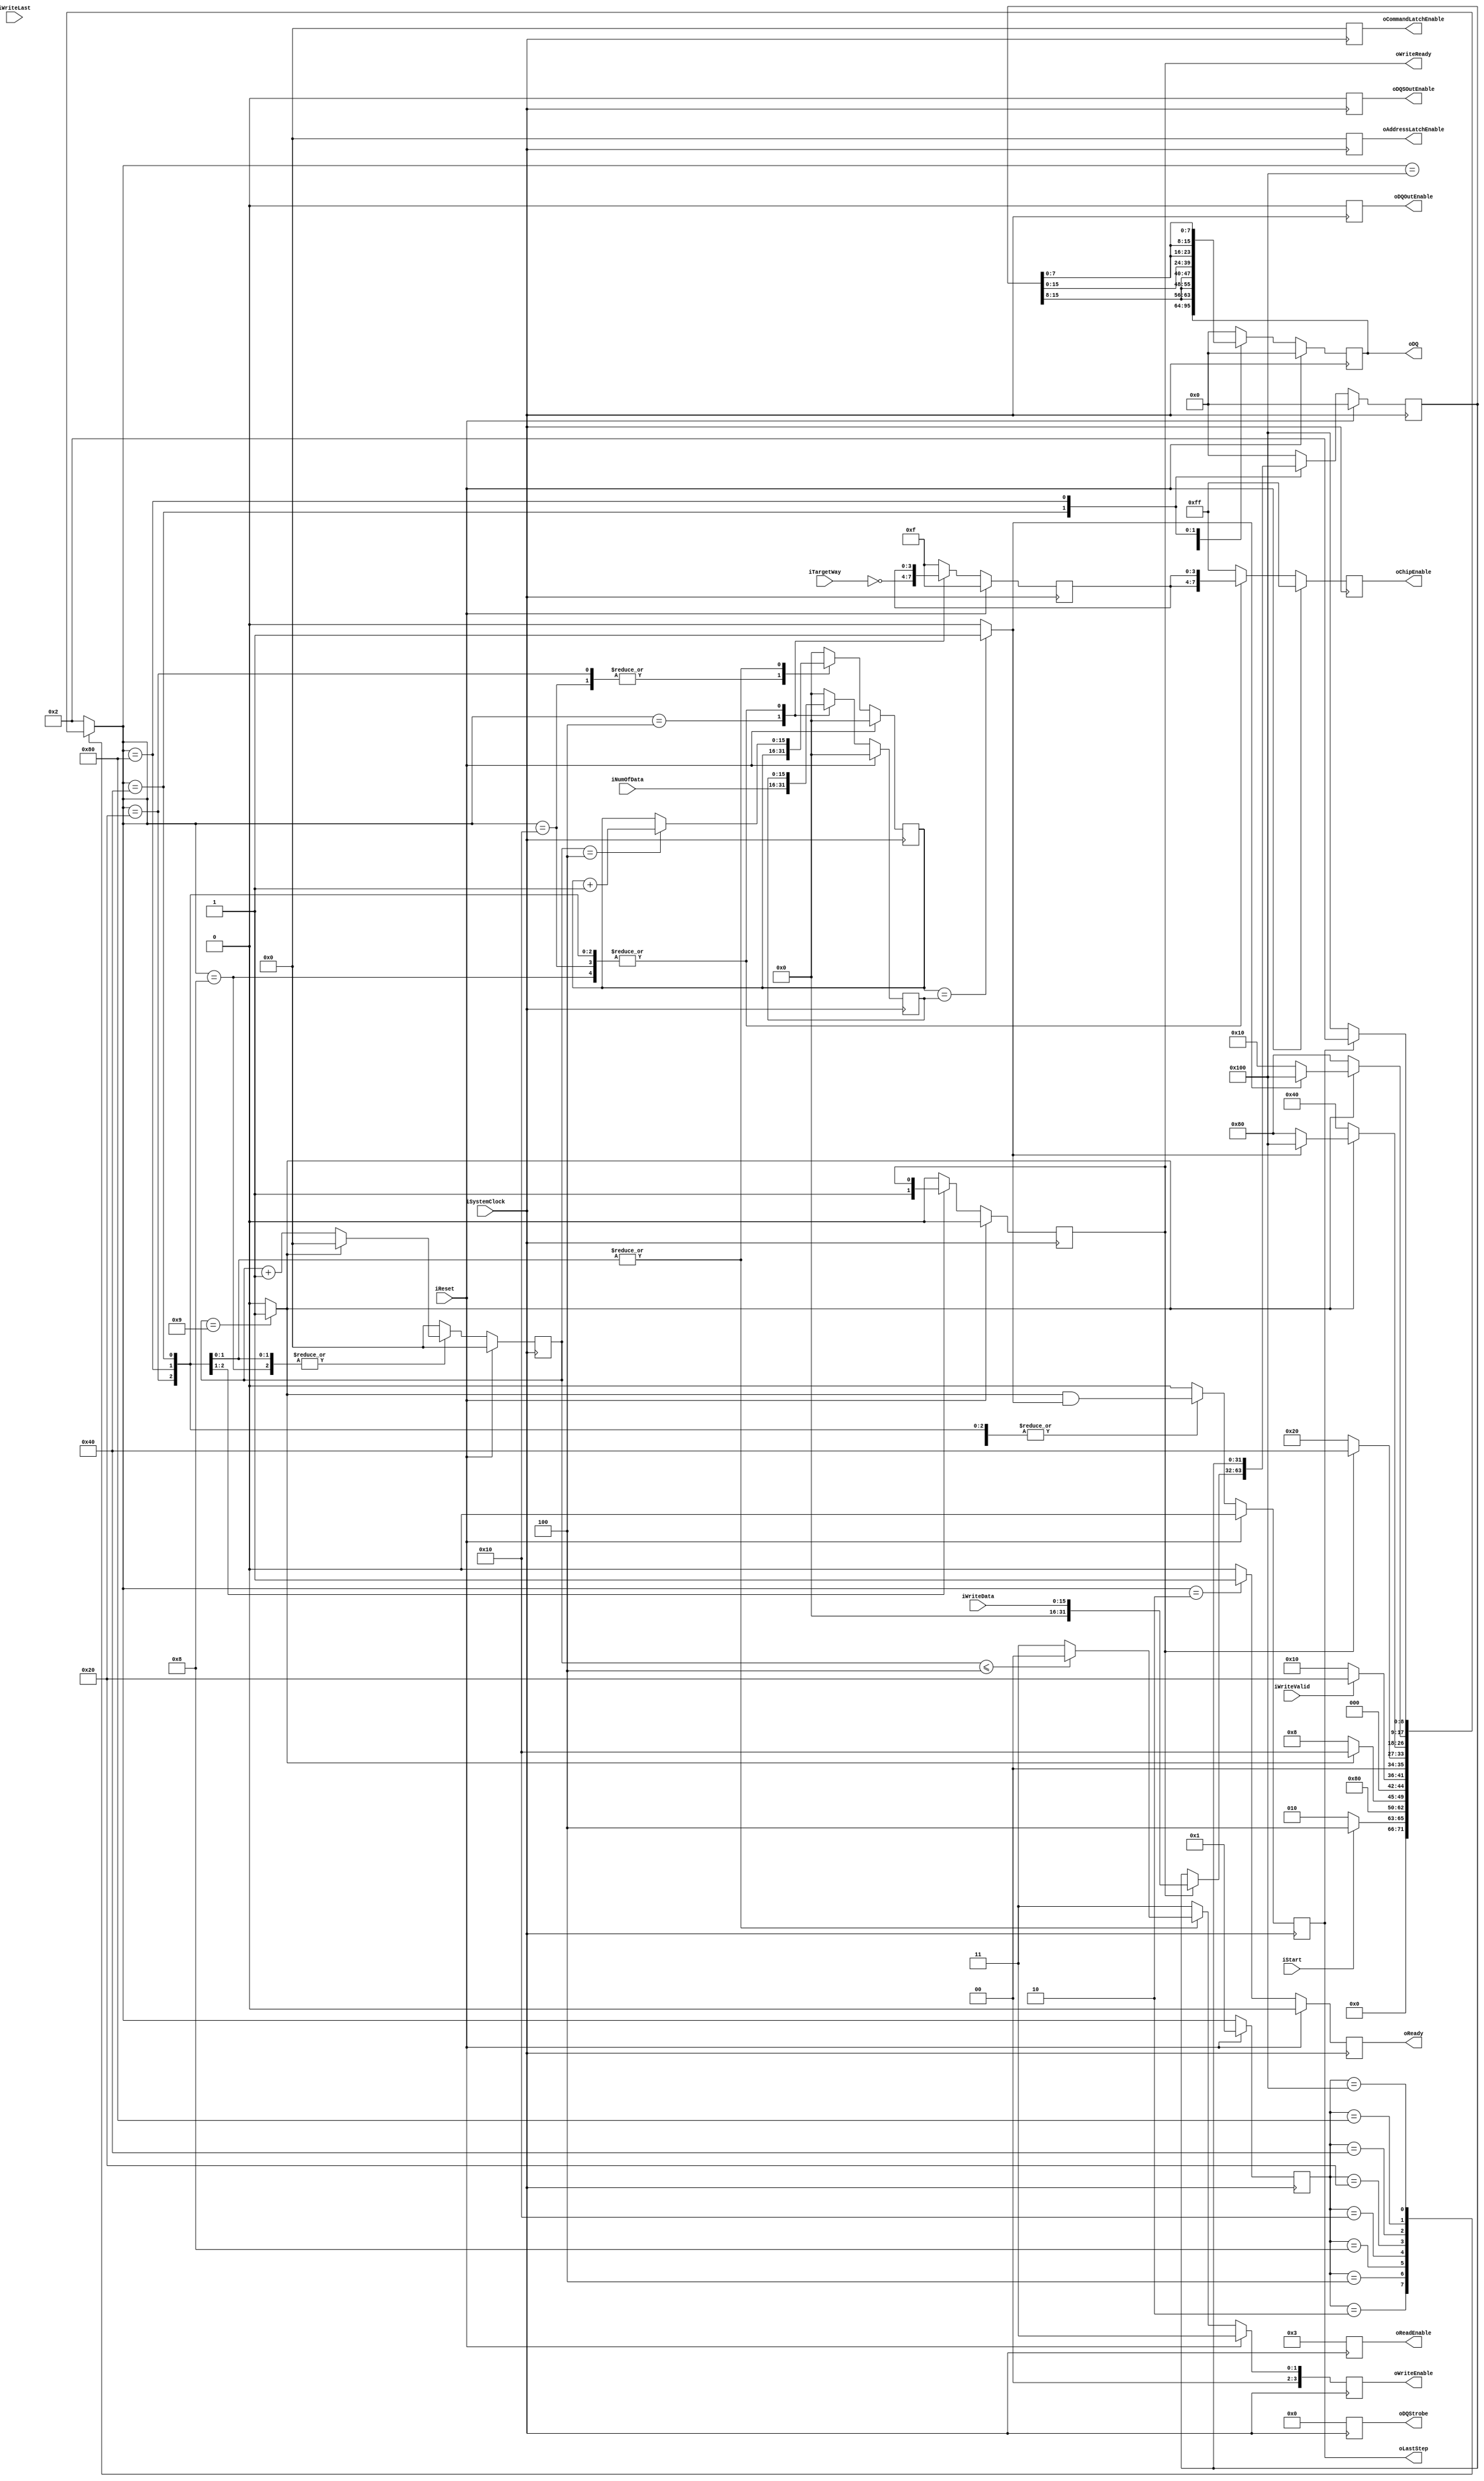
// This program was cloned from: https://github.com/cjhonlyone/NandFlashController
// License: GNU General Public License v3.0

`timescale 1ns / 1ps
module NFC_Atom_Dataoutput_Async
#
(
    parameter NumberOfWays    =   4
)
(
    iSystemClock            ,
    iReset                  ,
    oReady                  ,
    oLastStep               ,
    iStart                  ,
    iTargetWay              ,
    iNumOfData              ,

    iWriteData              ,
    iWriteLast              ,
    iWriteValid             ,
    oWriteReady             ,

    oDQSOutEnable           ,
    oDQOutEnable            ,
    oDQStrobe               ,
    oDQ                     ,
    oChipEnable             ,
    oReadEnable             ,
    oWriteEnable            ,
    oAddressLatchEnable     ,
    oCommandLatchEnable  
);

    input                           iSystemClock            ;
    input                           iReset                  ;
    output                          oReady                  ;
    output                          oLastStep               ;
    input                           iStart                  ;
    input   [NumberOfWays - 1:0]    iTargetWay              ;
    input   [15:0]                  iNumOfData              ;

    input   [15:0]                  iWriteData              ;
    input                           iWriteLast              ;
    input                           iWriteValid             ;
    output                          oWriteReady             ;

    output                          oDQSOutEnable           ;
    output                          oDQOutEnable            ;

    output  [7:0]                   oDQStrobe               ;
    output  [31:0]                  oDQ                     ;
    output  [2*NumberOfWays - 1:0]  oChipEnable             ;
    output  [3:0]                   oReadEnable             ;
    output  [3:0]                   oWriteEnable            ;
    output  [3:0]                   oAddressLatchEnable     ;
    output  [3:0]                   oCommandLatchEnable     ;

    reg                           rReady                  ;
    reg                           rLastStep               ;

    reg   [NumberOfWays - 1:0]    rTargetWay              ;
    reg   [15:0]                   rNumOfData              ;

    reg                           rWriteReady             ;
    reg   [31:0]                  rWriteData              ;

    reg                           rDQSOutEnable           ;
    reg                           rDQOutEnable            ;
 
    reg  [7:0]                    rDQStrobe               ;
    reg  [31:0]                   rDQ                     ;
    reg  [2*NumberOfWays - 1:0]   rChipEnable             ;
    reg  [3:0]                    rReadEnable             ;
    reg  [3:0]                    rWriteEnable            ;
    reg  [3:0]                    rAddressLatchEnable     ;
    reg  [3:0]                    rCommandLatchEnable     ;

    reg  [15:0]                   rDOA_DataCounter        ;
    reg  [3:0]                    rDOA_TimeCounter        ;


    wire                          wTimerDone = (rDOA_TimeCounter == 4'd9) ? 1 : 0 ;
    wire                          wTimerHalf = (rDOA_TimeCounter <= 4'd4) ? 1 : 0 ;
    wire                          wDOADone   = (rDOA_DataCounter == rNumOfData) ? 1 : 0 ;

    wire  [31:0]                  wUperData  = {16'h00, iWriteData[15:8], iWriteData[15:8]};
    wire  [31:0]                  wDownData  = {16'h00, iWriteData[ 7:0], iWriteData[ 7:0]};

    localparam Write_Valid = 4'b0000;
    localparam Write_Idle  = 4'b0011;

    localparam Out_Enable  = 0;
    localparam Out_Disable = 1;
    
    // FSM Parameters/Wires/Regs
    localparam DOA_FSM_BIT = 9;
    localparam DOA_RESET = 9'b0_0000_0001;
    localparam DOA_READY = 9'b0_0000_0010; // Ready
    localparam DOA_LATCH = 9'b0_0000_0100; // Command/Address capture: first
    localparam DOA_tCSSS = 9'b0_0000_1000; // tDQSHZ
    localparam DOA_OST00 = 9'b0_0001_0000; // output data
    localparam DOA_OST01 = 9'b0_0010_0000; // output data
    localparam DOA_OST02 = 9'b0_0100_0000; // output data
    localparam DOA_OST03 = 9'b0_1000_0000; // output data
    localparam DOA_OST04 = 9'b1_0000_0000; // output data

    reg     [DOA_FSM_BIT-1:0]       rDOA_cur_state          ;
    reg     [DOA_FSM_BIT-1:0]       rDOA_nxt_state          ;

    reg [127:0] dbg_ascii_state;

    always @* begin
        dbg_ascii_state = "";
        if (rDOA_cur_state == DOA_RESET) dbg_ascii_state = "RESET";
        if (rDOA_cur_state == DOA_READY) dbg_ascii_state = "READY";
        if (rDOA_cur_state == DOA_LATCH) dbg_ascii_state = "LATCH";
        if (rDOA_cur_state == DOA_tCSSS) dbg_ascii_state = "tCSSS";
        if (rDOA_cur_state == DOA_OST00) dbg_ascii_state = "OST00";
        if (rDOA_cur_state == DOA_OST01) dbg_ascii_state = "OST01";
        if (rDOA_cur_state == DOA_OST02) dbg_ascii_state = "OST02";
        if (rDOA_cur_state == DOA_OST03) dbg_ascii_state = "OST03";
    end
    // FSM: Atom_Command_Sync
    
    // update current state to next state
    always @ (posedge iSystemClock) begin
        if (iReset) begin
            rDOA_cur_state <= DOA_RESET;
        end else begin
            rDOA_cur_state <= rDOA_nxt_state;
        end
    end
    
    // deside next state
    always @ ( * ) begin
        case (rDOA_cur_state)
            DOA_RESET: begin
                rDOA_nxt_state <= DOA_READY;
            end
            DOA_READY: begin
                rDOA_nxt_state <= (iStart)? DOA_LATCH:DOA_READY;
            end
            DOA_LATCH: begin
                rDOA_nxt_state <= DOA_tCSSS;
            end
            DOA_tCSSS: begin
                rDOA_nxt_state <= (wTimerDone)? DOA_OST00 : DOA_tCSSS; // 50ns
            end
            DOA_OST00: begin
                rDOA_nxt_state <= (iWriteValid) ? DOA_OST01 : DOA_OST00; // wait for Valid
            end
            DOA_OST01: begin
                rDOA_nxt_state <= (rWriteReady) ? DOA_OST02 : DOA_OST01; //latch Data
            end
            DOA_OST02: begin
                rDOA_nxt_state <= (wTimerDone) ? ((wDOADone) ? DOA_OST04 : DOA_OST03) : DOA_OST02 ;// output [15:8]
            end
            DOA_OST03: begin
                rDOA_nxt_state <= (wTimerDone) ? ((wDOADone) ? DOA_OST04 : DOA_OST00) : DOA_OST03 ;// output [ 7:0]
            end
            DOA_OST04: begin
                rDOA_nxt_state <= (rLastStep) ? DOA_READY : DOA_OST04;
            end
            default:
                rDOA_nxt_state <= DOA_READY;
        endcase
    end

    // state behaviour
    always @ (posedge iSystemClock) begin
        if (iReset) begin
            rReady              <= 1'b0;
            rLastStep           <= 1'b0;

            rTargetWay          <= { NumberOfWays{1'b1} };
            rNumOfData          <= 16'h0;
            rWriteReady         <= 1'b0;
            rWriteData          <= 32'd0;
            
            rDQSOutEnable       <= Out_Enable;    
            rDQOutEnable        <= Out_Enable;

            rDQStrobe           <= 8'h0;
            rDQ                 <= 32'h0000;
            rChipEnable         <= { 2*NumberOfWays{1'b1} };
            rReadEnable         <= 4'b0011;
            rWriteEnable        <= Write_Idle;
            rAddressLatchEnable <= 4'h0;
            rCommandLatchEnable <= 4'h0; 

            rDOA_DataCounter    <= 4'd0;
            rDOA_TimeCounter    <= 4'd0;
        end else begin
            case (rDOA_nxt_state)
                DOA_RESET: begin
                    rReady              <= 1'b0;
                    rLastStep           <= 1'b0;

                    rTargetWay          <= { NumberOfWays{1'b1} };
                    rNumOfData          <= 16'h0;
                    rWriteReady         <= 1'b0;
                    rWriteData          <= 32'd0;
                    
                    rDQSOutEnable       <= Out_Enable;    
                    rDQOutEnable        <= Out_Enable;

                    rDQStrobe           <= 8'h0;
                    rDQ                 <= 32'h0000;
                    rChipEnable         <= { 2*NumberOfWays{1'b1} };
                    rReadEnable         <= 4'b0011;
                    rWriteEnable        <= Write_Idle;
                    rAddressLatchEnable <= 4'h0;
                    rCommandLatchEnable <= 4'h0; 

                    rDOA_DataCounter    <= 4'd0;
                    rDOA_TimeCounter    <= 4'd0;
                end
                DOA_READY: begin
                    rReady              <= 1'b1;
                    rLastStep           <= 1'b0;

                    rTargetWay          <= { NumberOfWays{1'b1} };
                    rNumOfData          <= 16'h0;
                    rWriteReady         <= 1'b0;
                    rWriteData          <= 32'd0;
                    
                    rDQSOutEnable       <= Out_Enable;    
                    rDQOutEnable        <= Out_Enable;

                    rDQStrobe           <= 8'h0;
                    rDQ                 <= 32'h0000;
                    rChipEnable         <= { 2*NumberOfWays{1'b1} };
                    rReadEnable         <= 4'b0011;
                    rWriteEnable        <= Write_Idle;
                    rAddressLatchEnable <= 4'h0;
                    rCommandLatchEnable <= 4'h0; 

                    rDOA_DataCounter    <= 4'd0;
                    rDOA_TimeCounter    <= 4'd0;
                end
                DOA_LATCH: begin
                    rReady              <= 1'b0;
                    rLastStep           <= 1'b0;

                    rTargetWay          <= ~iTargetWay;
                    rNumOfData          <= iNumOfData;
                    rWriteReady         <= 1'b0;
                    rWriteData          <= 32'd0;
                    
                    rDQSOutEnable       <= Out_Enable;    
                    rDQOutEnable        <= Out_Enable;

                    rDQStrobe           <= 8'h0;
                    rDQ                 <= 32'h0000;
                    rChipEnable         <= { 2*NumberOfWays{1'b1} };
                    rReadEnable         <= 4'b0011;
                    rWriteEnable        <= Write_Idle;
                    rAddressLatchEnable <= 4'h0;
                    rCommandLatchEnable <= 4'h0; 

                    rDOA_DataCounter    <= 4'd0;
                    rDOA_TimeCounter    <= 4'd0;
                end
                DOA_tCSSS: begin
                    rReady              <= 1'b0;
                    rLastStep           <= 1'b0;

                    rTargetWay          <= rTargetWay;
                    rNumOfData          <= rNumOfData;
                    rWriteReady         <= 1'b0;
                    rWriteData          <= 32'd0;
                    
                    rDQSOutEnable       <= Out_Enable;    
                    rDQOutEnable        <= Out_Enable;

                    rDQStrobe           <= 8'h0;
                    rDQ                 <= 32'h0000;
                    rChipEnable         <= {rTargetWay ,rTargetWay};
                    rReadEnable         <= 4'b0011;
                    rWriteEnable        <= Write_Idle;
                    rAddressLatchEnable <= 4'h0;
                    rCommandLatchEnable <= 4'h0; 

                    rDOA_DataCounter    <= 4'd0;
                    rDOA_TimeCounter    <= (wTimerDone) ? 0 : rDOA_TimeCounter + 1;
                end
                DOA_OST00: begin
                    rReady              <= 1'b0;
                    rLastStep           <= 1'b0;

                    rTargetWay          <= rTargetWay;
                    rNumOfData          <= rNumOfData;
                    rWriteReady         <= 1'b0;
                    rWriteData          <= 32'd0;
                    
                    rDQSOutEnable       <= Out_Enable;    
                    rDQOutEnable        <= Out_Enable;

                    rDQStrobe           <= 8'h0;
                    rDQ                 <= rDQ;
                    rChipEnable         <= {rTargetWay ,rTargetWay};
                    rReadEnable         <= 4'b0011;
                    rWriteEnable        <= Write_Idle;
                    rAddressLatchEnable <= 4'h0;
                    rCommandLatchEnable <= 4'h0; 

                    rDOA_DataCounter    <= rDOA_DataCounter;
                    rDOA_TimeCounter    <= 4'd0;
                end
                DOA_OST01: begin
                    rReady              <= 1'b0;
                    rLastStep           <= wTimerDone & wDOADone;

                    rTargetWay          <= rTargetWay;
                    rNumOfData          <= rNumOfData;
                    rWriteReady         <= 1'b1;
                    rWriteData          <= 32'd0;
                    
                    rDQSOutEnable       <= Out_Enable;    
                    rDQOutEnable        <= Out_Enable;

                    rDQStrobe           <= 8'h0;
                    rDQ                 <= rDQ;
                    rChipEnable         <= {rTargetWay ,rTargetWay};
                    rReadEnable         <= 4'b0011;
                    rWriteEnable        <= Write_Idle;
                    rAddressLatchEnable <= 4'h0;
                    rCommandLatchEnable <= 4'h0; 

                    rDOA_DataCounter    <= rDOA_DataCounter;
                    rDOA_TimeCounter    <= 4'd0;
                end
                DOA_OST02: begin
                    rReady              <= 1'b0;
                    rLastStep           <= wTimerDone & wDOADone;

                    rTargetWay          <= rTargetWay;
                    rNumOfData          <= rNumOfData;
                    rWriteReady         <= 1'b0;
                    rWriteData          <= (rWriteReady) ? iWriteData : rWriteData;
                    
                    rDQSOutEnable       <= Out_Enable;    
                    rDQOutEnable        <= Out_Enable;

                    rDQStrobe           <= 8'h0;
                    rDQ                 <= {4{rWriteData[15:8]}};
                    rChipEnable         <= {rTargetWay ,rTargetWay};
                    rReadEnable         <= 4'b0011;
                    rWriteEnable        <= (rDOA_TimeCounter <= 4'd4) ? Write_Valid :Write_Idle;
                    rAddressLatchEnable <= 4'h0;
                    rCommandLatchEnable <= 4'h0; 

                    rDOA_DataCounter    <= (rDOA_TimeCounter == 4'd4) ? rDOA_DataCounter + 1 : rDOA_DataCounter ;
                    rDOA_TimeCounter    <= (wTimerDone) ? 0 : rDOA_TimeCounter + 1;
                end
                DOA_OST03: begin
                    rReady              <= 1'b0;
                    rLastStep           <= wTimerDone & wDOADone;

                    rTargetWay          <= rTargetWay;
                    rNumOfData          <= rNumOfData;
                    rWriteData          <= rWriteData;

                    rDQSOutEnable       <= Out_Enable;    
                    rDQOutEnable        <= Out_Enable;

                    rDQStrobe           <= 8'h0;
                    rDQ                 <= {4{rWriteData[7:0]}};
                    rChipEnable         <= {rTargetWay ,rTargetWay};
                    rReadEnable         <= 4'b0011;
                    rWriteEnable        <= (rDOA_TimeCounter <= 4'd4) ? Write_Valid : Write_Idle;
                    rAddressLatchEnable <= 4'h0;
                    rCommandLatchEnable <= 4'h0; 

                    rDOA_DataCounter    <= (rDOA_TimeCounter == 4'd4) ? rDOA_DataCounter + 1 : rDOA_DataCounter ;
                    rDOA_TimeCounter    <= (wTimerDone) ? 0 : rDOA_TimeCounter + 1;
                end
                DOA_OST04: begin
                    rReady              <= 1'b0;
                    rLastStep           <= wTimerDone & wDOADone;

                    rTargetWay          <= { NumberOfWays{1'b1} };
                    rNumOfData          <= 16'h0;
                    rWriteReady         <= 1'b0;
                    rWriteData          <= 32'd0;
                    
                    rDQSOutEnable       <= Out_Enable;    
                    rDQOutEnable        <= Out_Enable;

                    rDQStrobe           <= 8'h0;
                    rDQ                 <= 32'h0000;
                    rChipEnable         <= { 2*NumberOfWays{1'b1} };
                    rReadEnable         <= 4'b0011;
                    rWriteEnable        <= Write_Idle;
                    rAddressLatchEnable <= 4'h0;
                    rCommandLatchEnable <= 4'h0; 

                    rDOA_DataCounter    <= 4'd0;
                    rDOA_TimeCounter    <= 4'd0;
                end
                default: begin
                    rReady              <= 1'b0;
                    rLastStep           <= 1'b0;

                    rTargetWay          <= { NumberOfWays{1'b1} };
                    rNumOfData          <= 16'h0;
                    rWriteReady         <= 1'b0;
                    rWriteData          <= 32'd0;
                    
                    rDQSOutEnable       <= Out_Enable;    
                    rDQOutEnable        <= Out_Enable;

                    rDQStrobe           <= 8'h0;
                    rDQ                 <= 32'h0000;
                    rChipEnable         <= { 2*NumberOfWays{1'b1} };
                    rReadEnable         <= 4'b0011;
                    rWriteEnable        <= Write_Idle;
                    rAddressLatchEnable <= 4'h0;
                    rCommandLatchEnable <= 4'h0; 

                    rDOA_DataCounter    <= 4'd0;
                    rDOA_TimeCounter    <= 4'd0;
                end
            endcase
        end
    end

    assign oReady              = rReady                  ;
    assign oLastStep           = rLastStep               ;

    assign oWriteReady         = rWriteReady             ;

    assign oDQSOutEnable       = rDQSOutEnable           ;   
    assign oDQOutEnable        = rDQOutEnable            ;   
    assign oDQStrobe           = rDQStrobe               ;   
    assign oDQ                 = rDQ                     ;   
    assign oChipEnable         = rChipEnable             ;   
    assign oReadEnable         = rReadEnable             ;   
    assign oWriteEnable        = rWriteEnable            ;   
    assign oAddressLatchEnable = rAddressLatchEnable     ;   
    assign oCommandLatchEnable = rCommandLatchEnable     ;   
endmodule